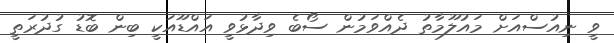
ވީ ނިއުސްއަށް މައުލޫމާތު ދެއްވަމުން ސޯބެ ވިދާޅުވީ އައްޑޫއަކީ ބިން ބޮޑު ގުދުރަތީ